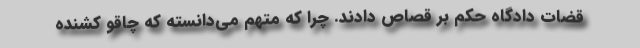
قضات دادگاه حکم بر قصاص دادند. چرا که متهم می‌دانسته که چاقو کشنده